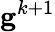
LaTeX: \mathbf{g}^{k+1}